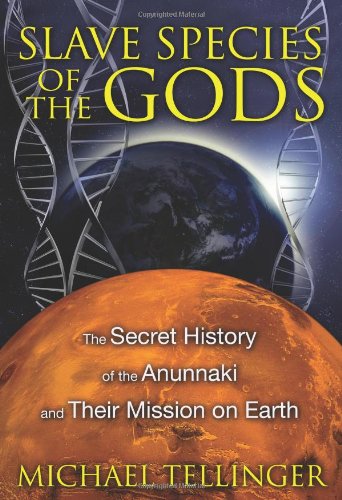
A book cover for Slave Species of the Gods: The Secret History of the Anunnaki and Their Mission on Earth; Michael Tellinger; Science & Math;